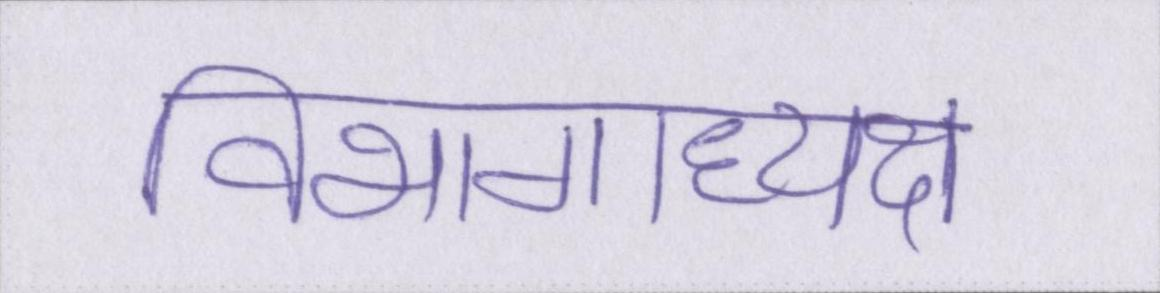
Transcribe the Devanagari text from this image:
विभागाध्यक्ष